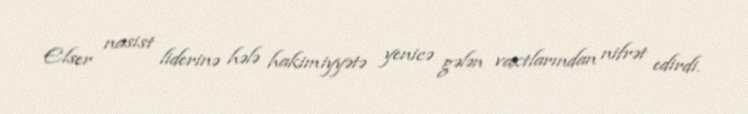
Elser nasist liderinə hələ hakimiyyətə yenicə gələn vaxtlarından nifrət edirdi.